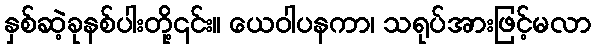
နှစ်ဆဲ့ခုနစ်ပါးတို့၎င်း။ ယေဝါပနကာ၊ သရုပ်အားဖြင့်မလာ